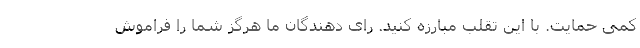
کمی حمایت. با این تقلب مبارزه کنید. رای دهندگان ما هرگز شما را فراموش